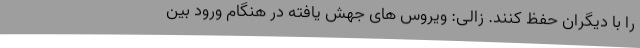
را با دیگران حفظ کنند. زالی: ویروس های جهش یافته در هنگام ورود بین